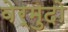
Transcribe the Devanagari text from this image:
वेर्मुदो